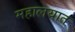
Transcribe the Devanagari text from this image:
महालयात